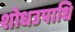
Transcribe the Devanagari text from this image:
शोधउपाधि